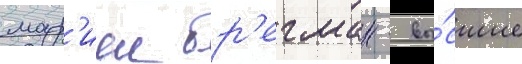
мар'иеи бр'егман - вы́сшие